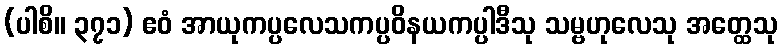
(ပါစိ။ ၃၇၁) ဧဝံ အာယုကပ္ပလေသကပ္ပဝိနယကပ္ပါဒီသု သမ္ဗဟုလေသု အတ္ထေသု